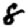
Digit: 8